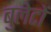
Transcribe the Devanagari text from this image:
बुलेटों